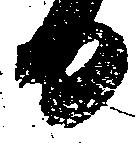
日